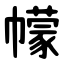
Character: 幪